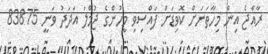
ރާއްޖެ އިން މިހާތަނަށް ކޮވިޑަށް ފައްސިވި މީހުންގެ ޖުމްލަ އަދަދު ވަނީ 83875